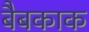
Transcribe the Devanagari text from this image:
बैबकाक